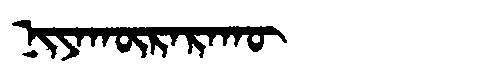
Manchu: ᠨᡳᠶᠠᡴᡡᡵᠠᡵᠠᡴᡡ
Romanization: NIYAKŪRARAKŪ